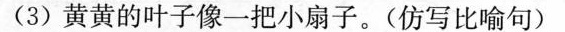
(3)黄黄的叶子像一把小扇子。(仿写比喻句)